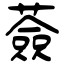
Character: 薟